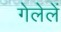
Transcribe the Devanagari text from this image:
गेलेलें